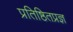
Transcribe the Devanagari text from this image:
प्रतिष्ठितप्रज्ञ